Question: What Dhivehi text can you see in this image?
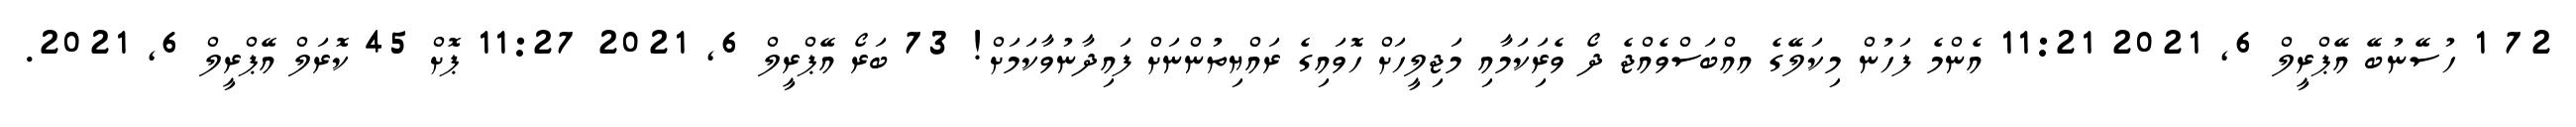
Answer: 72 1 ހުސޭނުބޭ އޭޕްރީލް 6, 2021 11:21 އެންމެ ފަހުން މިކަލޭގެ އއްބަސްވެއްޖެ ދޯ ވެރިަކަމާއި މަޖިލީހަށް ހޮވައިގެ ރައްޔިތުންނަށް ފައިދާނުވާކަމަށް! 73 ބަރޯ އޭޕްރީލް 6, 2021 11:27 ޕޮށް 45 ކޮރަލް އޭޕްރީލް 6, 2021.